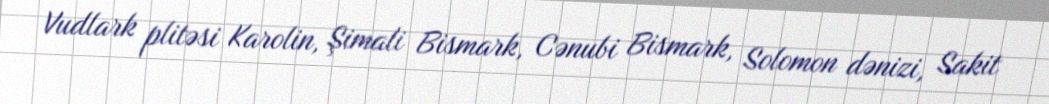
Vudlark plitəsi Karolin, Şimali Bismark, Cənubi Bismark, Solomon dənizi, Sakit